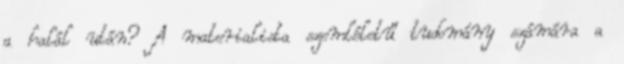
a halál után? A materialista szemléletű tudomány számára a